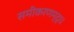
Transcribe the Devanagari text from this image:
समीकरणम्द्ध